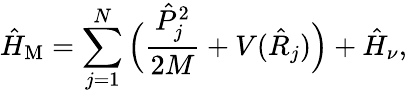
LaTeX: \hat{H}_{\mathrm{M}}=\sum_{j=1}^{N}\Big(\frac{\hat{P}_{j}^{2}}{2M}+V(\hat{R}_{j})\Big)+\hat{H}_{\nu},